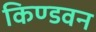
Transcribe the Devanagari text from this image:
किण्डवन